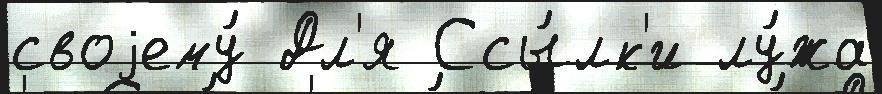
своjему́ Дл'я Ссы́лк'и лу́жа